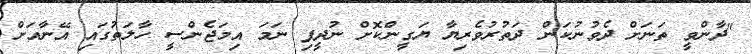
"ދާންވީ ތަނަށް ދެވުނުކަން ދަތުރުވެރިޔާ ޔަގީންކޮށް ނުދީފި ނަމަ އިމަޖެންސީ ހާލަތުގައި އޭނާއަށް